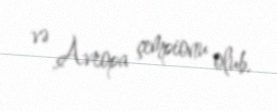
və Avropa çempionu olub.